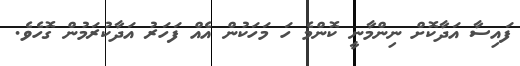
ފައިސާ އަދާކޮށް ނިންމާނީ ކޮންމެ ހަ މަހަކުން އެއް ފަހަރު އަދާކުރަމުން ގޮހެވެ.